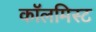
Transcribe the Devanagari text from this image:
कॉलमिस्ट